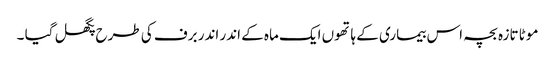
موٹا تازہ بچہ اس بیماری کے ہاتھوں ایک ماہ کے اندر اندر برف کی طرح پگھل گیا ۔